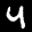
Label: 4